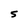
Character: S